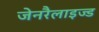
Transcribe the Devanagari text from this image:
जेनरैलाइज्ड